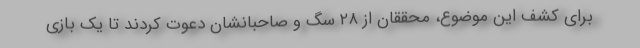
برای کشف این موضوع، محققان از ۲۸ سگ و صاحبانشان دعوت کردند تا یک بازی